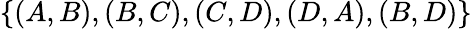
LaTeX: \{ (A,B),(B,C),(C,D),(D,A),(B,D)\}